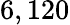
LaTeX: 6,120